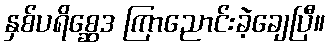
နှစ်ပရိစ္ဆေဒ ကြာညောင်းခဲ့ချေပြီ။